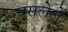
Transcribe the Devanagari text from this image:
वसलेलें